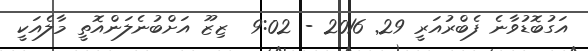
އަގުބޮޑުވާނެ ފެބްރުއަރީ 29